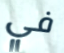
في